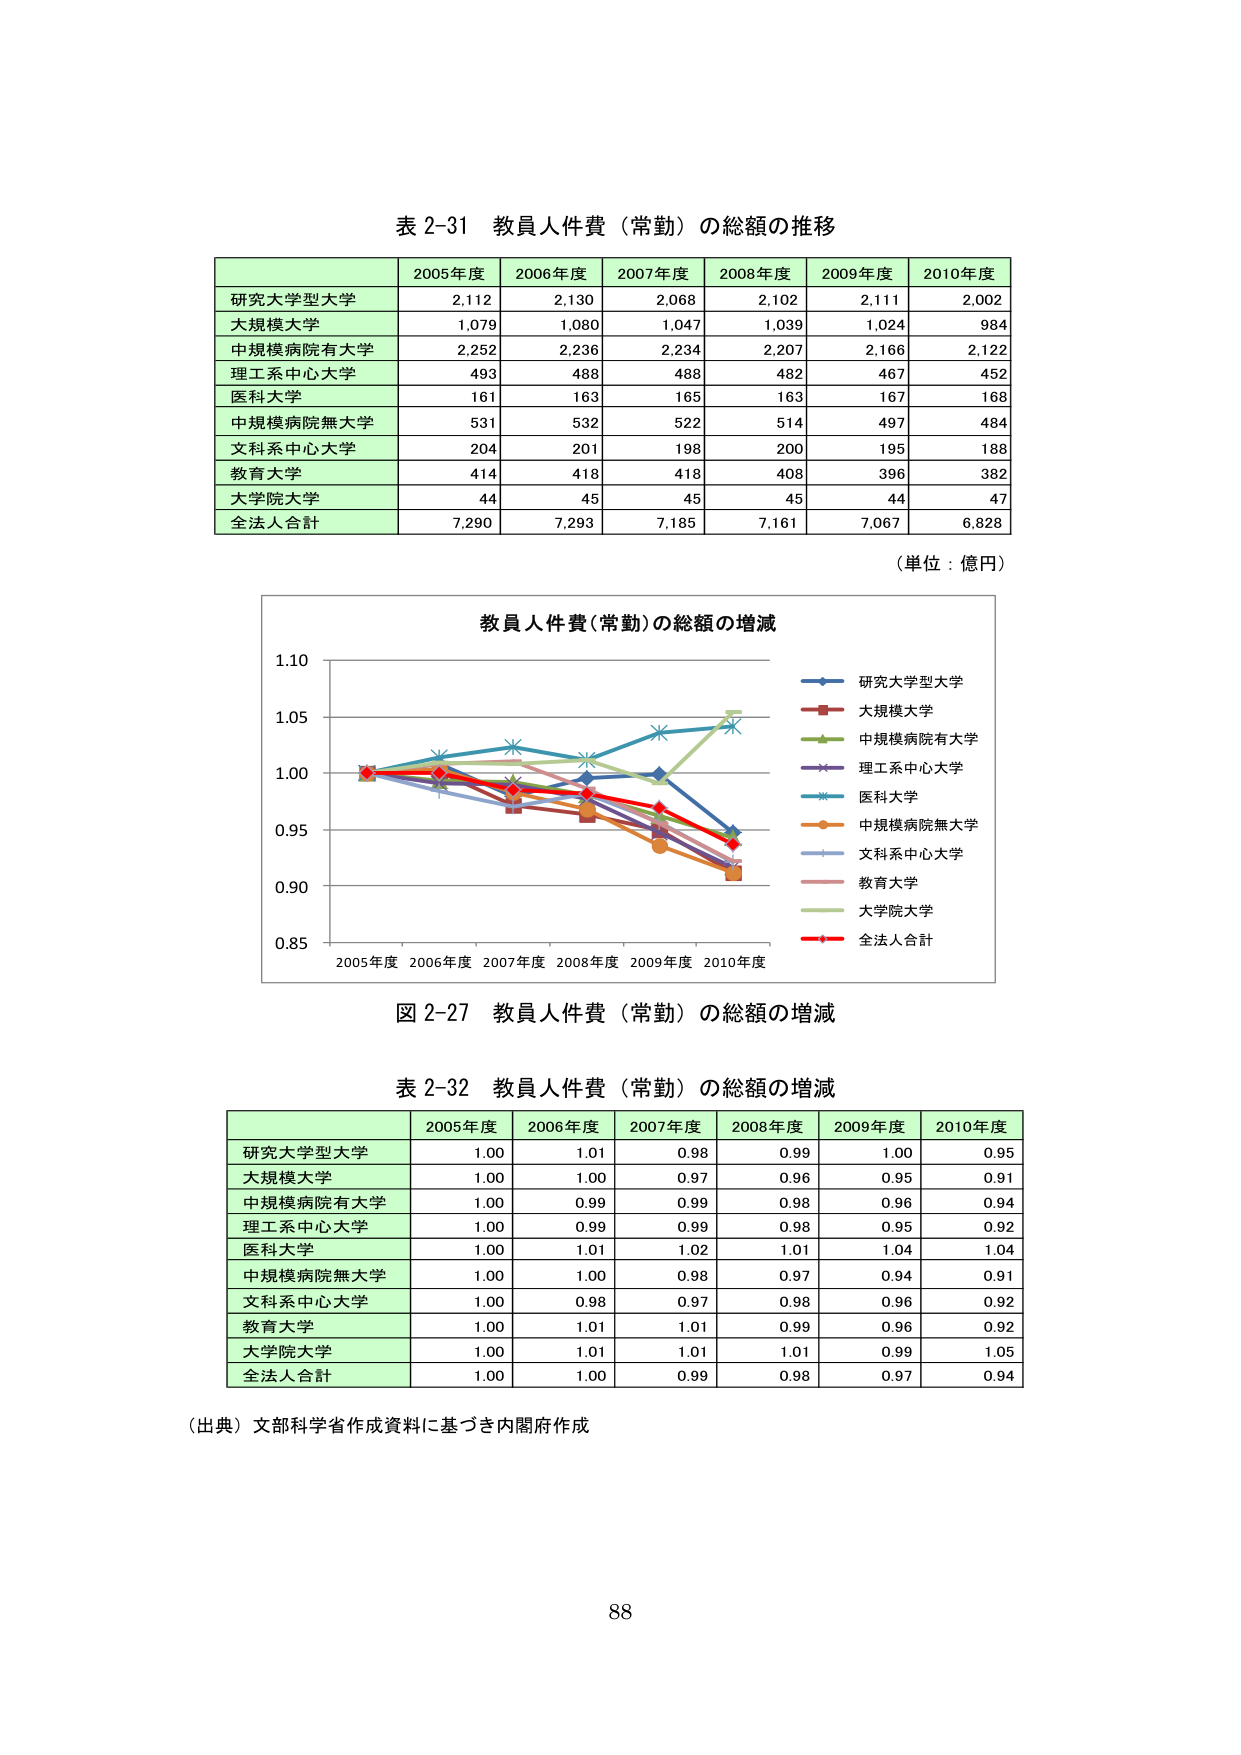
表 2-31 教員人件費（常勤）の総額の推移

2005年度 2006年度 2007年度 2008年度 2009年度 2010年度
研究大学型大学 2,112 2,130 2,068 2,102 2,111 2,002
大規模大学 1,079 1,080 1,047 1,039 1,024 984
中規模病院有大学 2,252 2,236 2,234 2,207 2,166 2,122
理工系中心大学 493 488 488 482 467 452
医科大学 161 163 165 163 167 168
中規模病院無大学 531 532 522 514 497 484
文科系中心大学 204 201 198 200 195 188
教育大学 414 418 418 408 396 382
大学院大学 44 45 45 45 44 47
全法人合計 7,290 7,293 7,185 7,161 7,067 6,828

（単位：億円）

教員人件費（常勤）の総額の増減
研究大学型大学
大規模大学
中規模病院有大学
理工系中心大学
医科大学
中規模病院無大学
文科系中心大学
教育大学
大学院大学
全法人合計

2005年度 2006年度 2007年度 2008年度 2009年度 2010年度
0.85 0.90 0.95 1.00 1.05 1.10

図 2-27 教員人件費（常勤）の総額の増減

表 2-32 教員人件費（常勤）の総額の増減

2005年度 2006年度 2007年度 2008年度 2009年度 2010年度
研究大学型大学 1.00 1.01 0.98 0.99 1.00 0.95
大規模大学 1.00 1.00 0.97 0.96 0.95 0.91
中規模病院有大学 1.00 0.99 0.99 0.98 0.96 0.94
理工系中心大学 1.00 0.99 0.99 0.98 0.95 0.92
医科大学 1.00 1.01 1.02 1.01 1.04 1.04
中規模病院無大学 1.00 1.00 0.98 0.97 0.94 0.91
文科系中心大学 1.00 0.98 0.97 0.98 0.96 0.92
教育大学 1.00 1.01 1.01 0.99 0.96 0.92
大学院大学 1.00 1.01 1.01 1.01 0.99 1.05
全法人合計 1.00 1.00 0.99 0.98 0.97 0.94

（出典）文部科学省作成資料に基づき内閣府作成

88